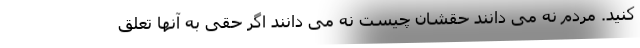
کنید‌. مردم نه می دانند حقشان چیست نه می دانند اگر حقی به آنها تعلق